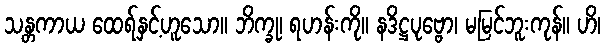
သန္တကာယ ထေရ်နှင့်ဟူသော။ ဘိက္ခု၊ ရဟန်းကို။ နဒိဋ္ဌပုဗ္ဗော၊ မမြင်ဘူးကုန်။ ဟိ၊